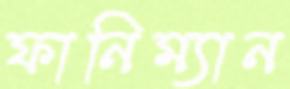
ফানিম্যান